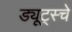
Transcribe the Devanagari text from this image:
ड्यूट्स्चे